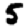
Digit: 5